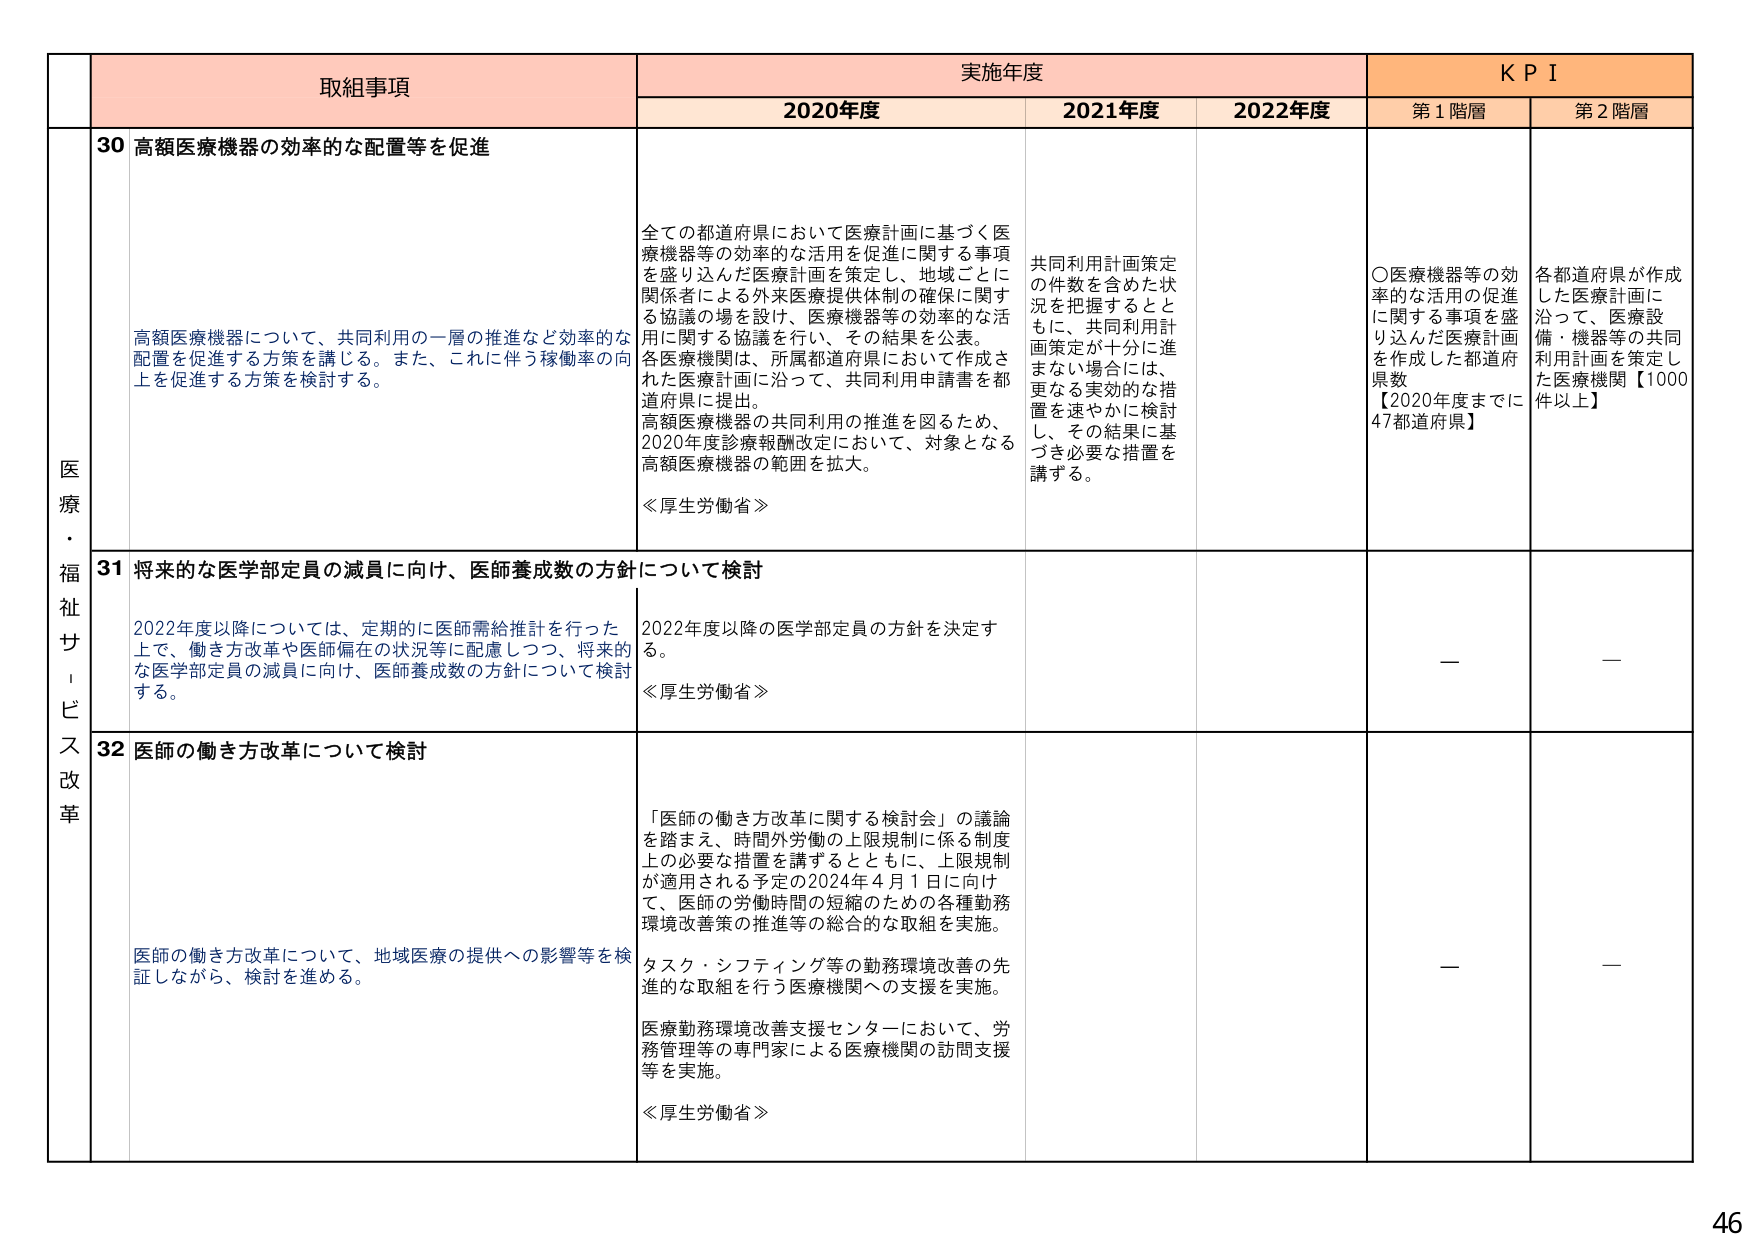
医療・福祉サービス改革

取組事項

30 高額医療機器の効率的な配置等を促進

高額医療機器について、共同利用の一層の推進など効率的な配置を促進する方策を講じる。また、これに伴う稼働率の向上を促進する方策を検討する。

実施年度

2020年度

全ての都道府県において医療計画に基づく医療機器等の効率的な活用を促進に関する事項を盛り込んだ医療計画を策定し、地域ごとに関係者による外来医療提供体制の確保に関する協議の場を設け、医療機器等の効率的な活用に関する協議を行い、その結果を公表。各医療機関は、所属都道府県において作成された医療計画に沿って、共同利用申請書を都道府県に提出。高額医療機器の共同利用の推進を図るため、2020年度診療報酬改定において、対象となる高額医療機器の範囲を拡大。

《厚生労働省》

2021年度

共同利用計画策定の件数を含めた状況を把握するとともに、共同利用計画策定が十分に進まない場合には、更なる実効的な措置を速やかに検討し、その結果に基づき必要な措置を講ずる。

2022年度

KPI

第1階層

〇医療機器等の効率的な活用の促進に関する事項を盛り込んだ医療計画を作成した都道府県数
【2020年度までに47都道府県】

第2階層

各都道府県が作成した医療計画に沿って、医療設備・機器等の共同利用計画を策定した医療機関【1000件以上】

31 将来的な医学部定員の減員に向け、医師養成数の方針について検討

2022年度以降については、定期的に医師需給推計を行った上で、働き方改革や医師偏在の状況等に配慮しつつ、将来的な医学部定員の減員に向け、医師養成数の方針について検討する。

2022年度以降の医学部定員の方針を決定する。

《厚生労働省》

—

—

32 医師の働き方改革について検討

医師の働き方改革について、地域医療の提供への影響等を検証しながら、検討を進める。

「医師の働き方改革に関する検討会」の議論を踏まえ、時間外労働の上限規制に係る制度上の必要な措置を講ずるとともに、上限規制が適用される予定の2024年4月1日に向け、医師の労働時間の短縮のための各種勤務環境改善策の推進等の総合的な取組を実施。タスク・シフティング等の勤務環境改善の先進的な取組を行う医療機関への支援を実施。医療勤務環境改善支援センターにおいて、労務管理等の専門家による医療機関の訪問支援等を実施。

《厚生労働省》

—

—

46